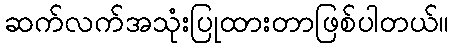
ဆက်လက်အသုံးပြုထားတာဖြစ်ပါတယ်။